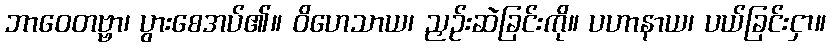
ဘာဝေတဗ္ဗာ၊ ပွားစေအပ်၏။ ဝိဟေသာယ၊ ညှဉ်းဆဲခြင်းကို။ ပဟာနာယ၊ ပယ်ခြင်းငှာ။